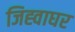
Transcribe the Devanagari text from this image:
जिह्वाघर